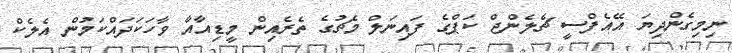
ނިމިގެންދިޔަ އޭއެފްސީ ޗެލެންޖް ކަޕްގެ ފައިނަލް މެޗުގެ ތެރެއިން މީޑިއާއާ ވާހަކަދައްކަމުން އެލެކް